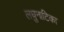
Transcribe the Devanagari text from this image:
लघुनाटिका